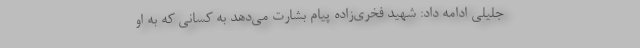
جلیلی ادامه داد: شهید فخری‌زاده پیام بشارت می‌دهد به کسانی که به او